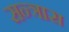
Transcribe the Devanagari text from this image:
सन्त्रास